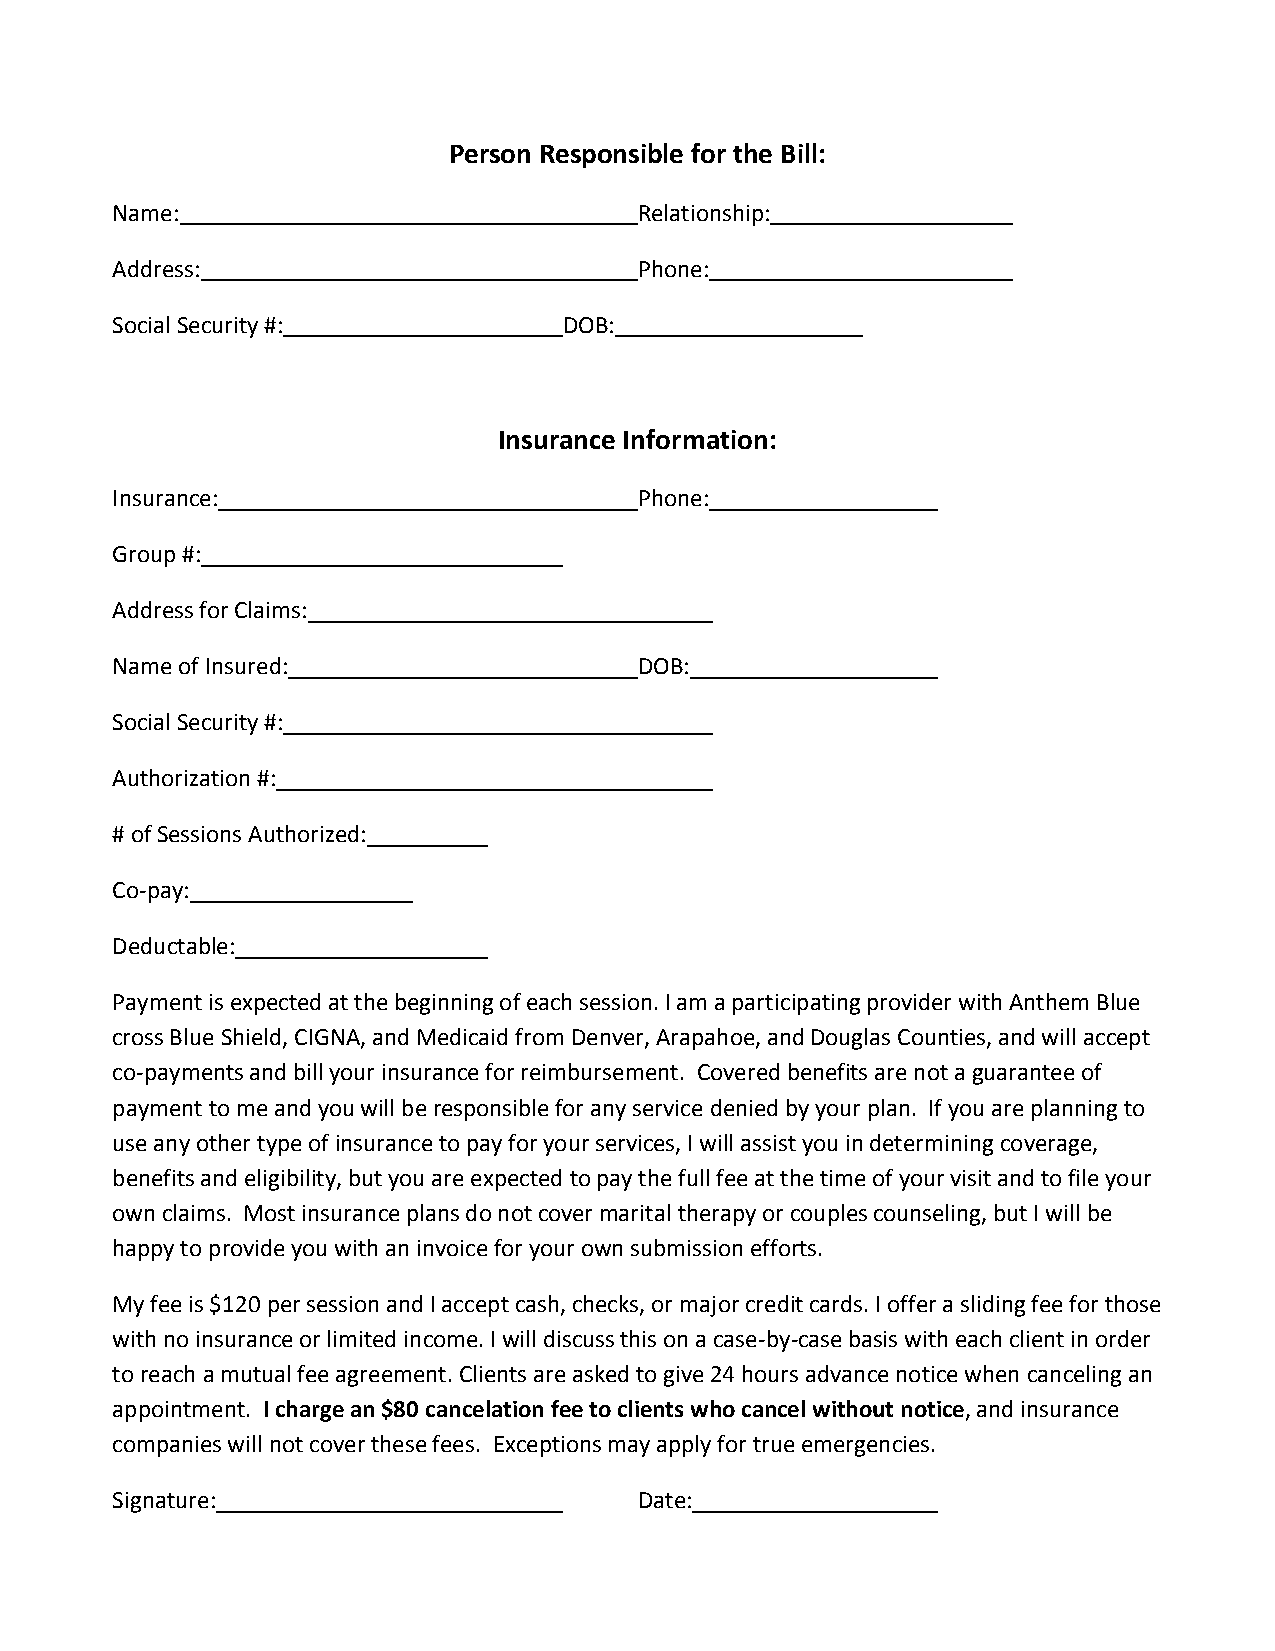
Person Responsible for the Bill:
 Name:                              Relationship:
 Address:                           Phone:
 Social Security #:            DOB:
 Insurance Information:
 Insurance:                         Phone:
 Group #:
 Address for Claims:
 Name of Insured:                   DOB:
 Social Security #:
 Authorization #:
 # of Sessions Authorized:
 Co-pay:
 Deductable:
 Payment is expected at the beginning of each session. I am a participating provider with Anthem Blue
 cross Blue Shield, CIGNA, and Medicaid from Denver, Arapahoe, and Douglas Counties, and will accept
 co-payments and bill your insurance for reimbursement. Covered benefits are not a guarantee of
 payment to me and you will be responsible for any service denied by your plan. If you are planning to
 use any other type of insurance to pay for your services, I will assist you in determining coverage,
 benefits and eligibility, but you are expected to pay the full fee at the time of your visit and to file your
 own claims. Most insurance plans do not cover marital therapy or couples counseling, but I will be
 happy to provide you with an invoice for your own submission efforts.
 My fee is $120 per session and I accept cash, checks, or major credit cards. I offer a sliding fee for those
 with no insurance or limited income. I will discuss this on a case-by-case basis with each client in order
 to reach a mutual fee agreement. Clients are asked to give 24 hours advance notice when canceling an
 appointment. I charge an $80 cancelation fee to clients who cancel without notice, and insurance
 companies will not cover these fees. Exceptions may apply for true emergencies.
 Signature:                         Date: